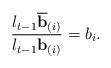
LaTeX: \begin{align*} \frac{l_{t-1}\overline{\bf{b}}_{(i)}}{l_{t-1}{\bf{b}}_{(i)}}=b_i. \end{align*}